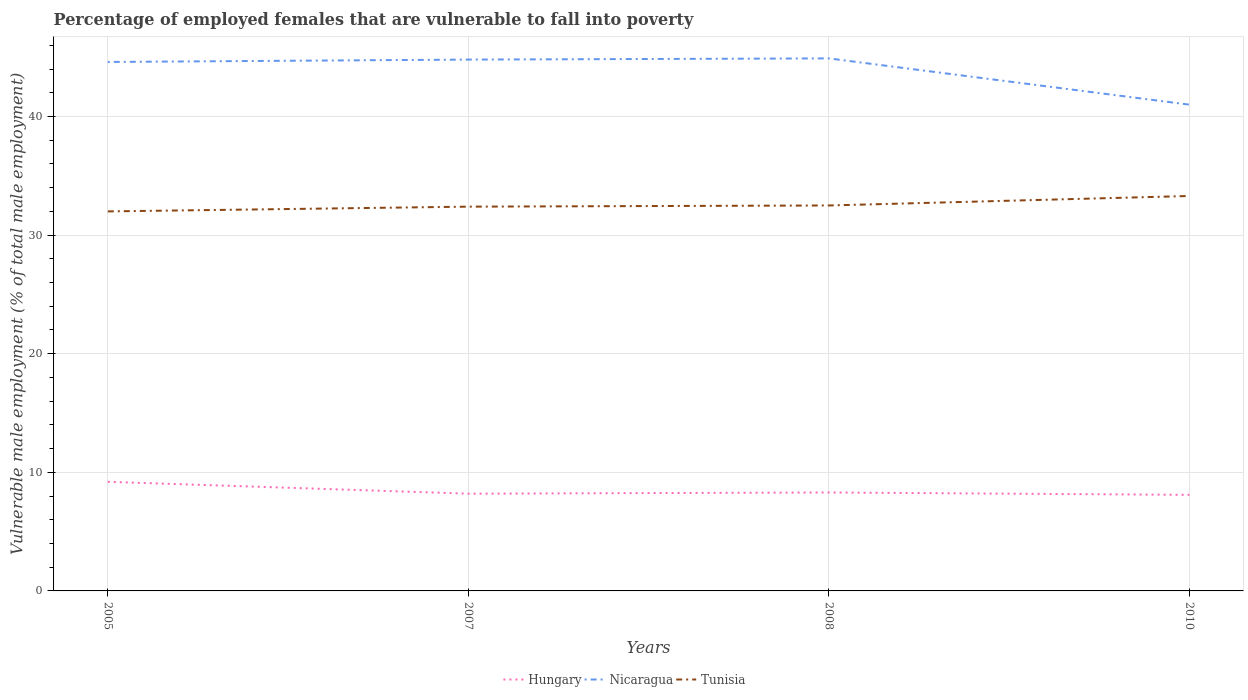
| Years | Hungary | Nicaragua | Tunisia |
 | --- | --- | --- | --- |
 | 2005 | 9.2 | 44.6 | 32 |
 | 2007 | 8.2 | 44.8 | 32.4 |
 | 2008 | 8.3 | 44.9 | 32.5 |
 | 2010 | 8.1 | 41 | 33.3 |